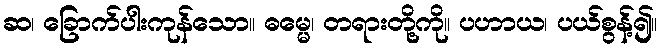
ဆ၊ ခြောက်ပါးကုန်သော။ ဓမ္မေ၊ တရားတို့ကို။ ပဟာယ၊ ပယ်စွန့်၍။